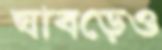
ঘাবড়েও